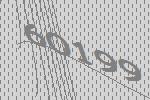
60199